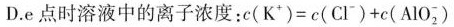
D.e点时溶液中的离子浓度：$$c ( K ^ { + } ) = c ( C l ^ { - } ) + c ( A l O _ { 2 } ^ { - } )$$